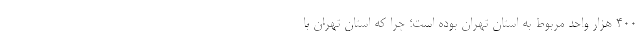
۴۰۰ هزار واحد مربوط به استان تهران بوده است؛ چرا که استان تهران با